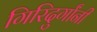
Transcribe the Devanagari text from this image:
गिरिदुर्गांनी